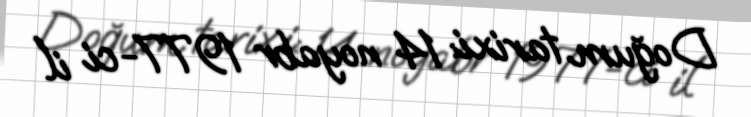
Doğum tarixi: 14 noyabr 1977-ci il